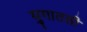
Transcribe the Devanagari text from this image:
युगातली